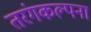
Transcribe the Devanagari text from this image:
तरंगकल्पना